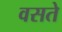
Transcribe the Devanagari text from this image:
वसते